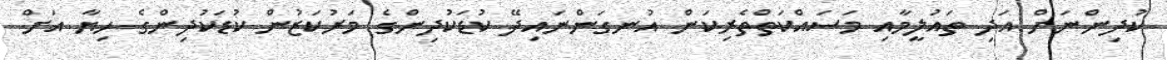
ކުދިންނަށް އަދި ތައުލީމާއި މަސައްކަތްތެރިކަން އުނގަންނައިދޭ ކުޑަކުދިންގެ މަރުކަޒުން ކުޑަކުދިންގެ ހިޔާ އަށް